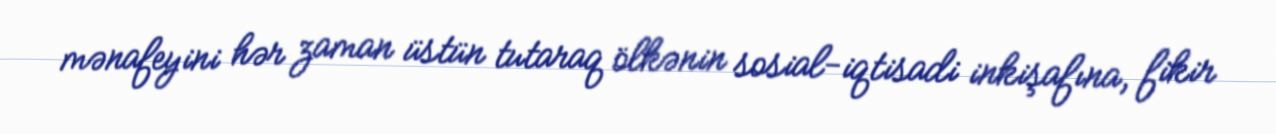
mənafeyini hər zaman üstün tutaraq ölkənin sosial-iqtisadi inkişafına, fikir